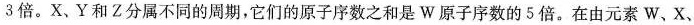
3倍。X、Y和Z分属不同的周期，它们的原子序数之和是W原子序数的5倍。在由元素W、X、